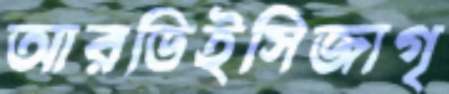
আরডিইসিজাগৃ